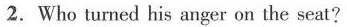
2.Who turned his anger on the seat?